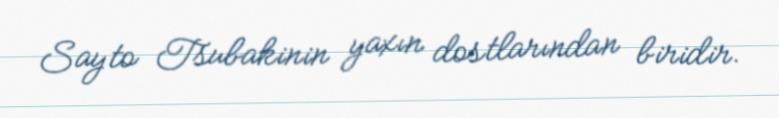
Sayto Tsubakinin yaxın dostlarından biridir.